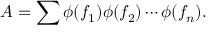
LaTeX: A = \sum \phi ( f _ { 1 } ) \phi ( f _ { 2 } ) \cdots \phi ( f _ { n } ) .